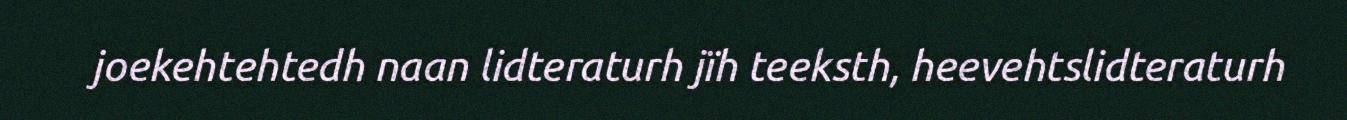
joekehtehtedh naan lidteraturh jïh teeksth, heevehtslidteraturh